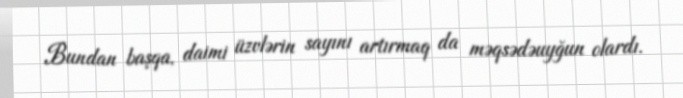
Bundan başqa, daimi üzvlərin sayını artırmaq da məqsədəuyğun olardı.